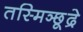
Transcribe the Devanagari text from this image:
तस्मिञ्छूद्रे